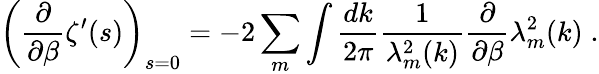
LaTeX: \left(\frac{\partial}{\partial\beta}\zeta^{\prime}(s)\right)_{s=0}=-2\sum_{m}\int\frac{dk}{2\pi}\frac{1}{\lambda_{m}^{2}(k)}\frac{\partial}{\partial\beta}\lambda_{m}^{2}(k)\; .